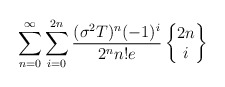
\begin{align*}\sum_{n=0}^{\infty}\sum_{i=0}^{2n}\frac{(\sigma ^{2}T)^{n}(-1)^{i}}{2^nn!e}\begin{Bmatrix}2n \\i\end{Bmatrix}\end{align*}